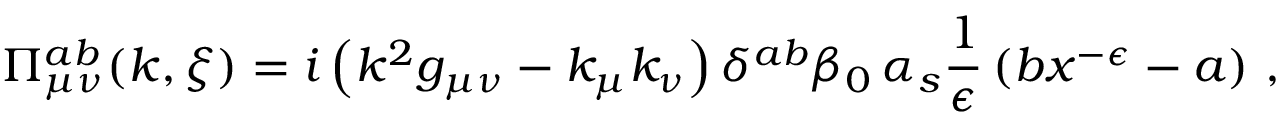
\Pi _ { \mu \nu } ^ { a b } ( k , \xi ) = i \left( k ^ { 2 } g _ { \mu \nu } - k _ { \mu } k _ { \nu } \right) \delta ^ { a b } \beta _ { 0 } \, \alpha _ { s } { \frac { 1 } { \epsilon } } \left( b x ^ { - \epsilon } - a \right) \, ,